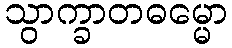
သွာက္ခာတဓမ္မော